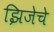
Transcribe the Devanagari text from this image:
झिजेचे